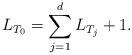
LaTeX: \begin{align*}L_{T_0} = \sum_{j=1}^d L_{T_j} + 1. \end{align*}